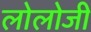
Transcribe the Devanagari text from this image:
लोलोजी